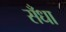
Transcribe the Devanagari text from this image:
सँधा